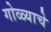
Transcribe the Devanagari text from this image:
गोळ्याचे